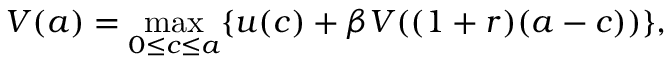
V ( a ) = \operatorname* { m a x } _ { 0 \leq c \leq a } \{ u ( c ) + \beta V ( ( 1 + r ) ( a - c ) ) \} ,